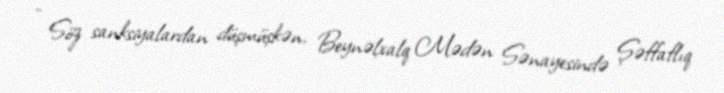
- Söz sanksiyalardan düşmüşkən, Beynəlxalq Mədən Sənayesində Şəffaflıq